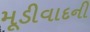
મૂડીવાદની